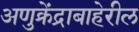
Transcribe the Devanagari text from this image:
अणुक्रेंद्राबाहेरील